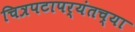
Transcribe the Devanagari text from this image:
चित्रपटापर्यंतच्या